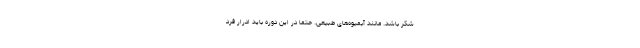
شکر باشد. مانند آبمیوه‌های طبیعی. حتما در این دوره باید ادرار فرد